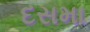
દસમા